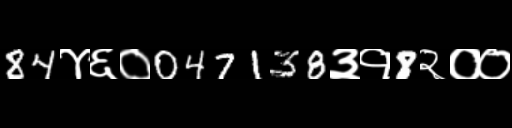
Text: 84४६०047138३१8२००